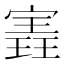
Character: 𫳽